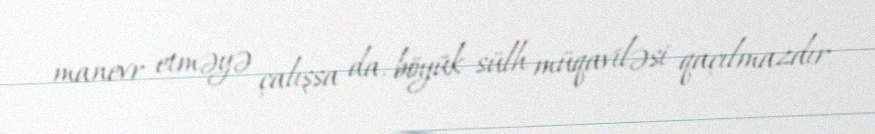
manevr etməyə çalışsa da, böyük sülh müqaviləsi qaçılmazdır.